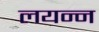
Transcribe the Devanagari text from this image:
लयन्न